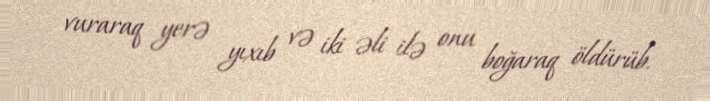
vuraraq yerə yıxıb və iki əli ilə onu boğaraq öldürüb.